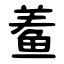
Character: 鲝